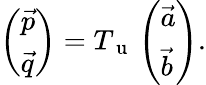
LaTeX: \begin{array}{r}{\left(\begin{array}{l}{\vec{p}}\\ {\vec{q}}\end{array}\right)=T_{\mathrm{~u~}}\left(\begin{array}{l}{\vec{a}}\\ {\vec{b}}\end{array}\right).}\end{array}